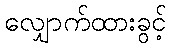
လျှောက်ထားခွင့်